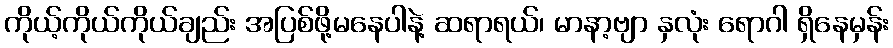
ကိုယ့်ကိုယ်ကိုယ်ချည်း အပြစ်ဖို့မနေပါနဲ့ ဆရာရယ်၊ မာနာ့ဗျာ နှလုံး ရောဂါ ရှိနေမှန်း